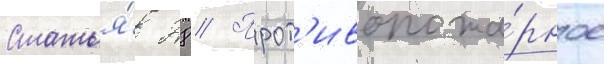
Статья́ 28 // Прот'ивопожа́рное